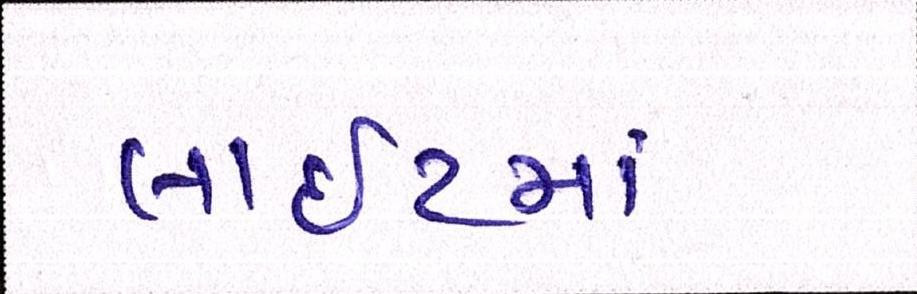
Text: લાઈટમાં